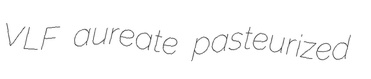
VLF aureate pasteurized